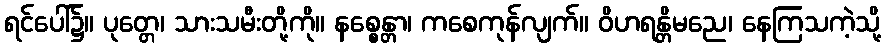
ရင်ပေါ်၌။ ပုတ္တေ၊ သားသမီးတို့ကို။ နစ္စေန္တာ၊ ကစေကုန်လျက်။ ဝိဟရန္တိမညေ၊ နေကြသကဲ့သို့